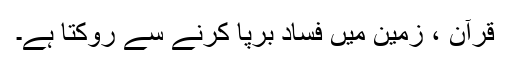
قرآن ، زمین میں فساد برپا کرنے سے روکتا ہے۔